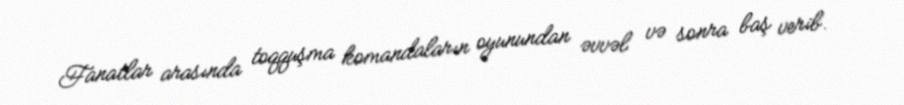
Fanatlar arasında toqquşma komandaların oyunundan əvvəl və sonra baş verib.